Note on the mental hospitals in Burma - 1925-1940
Year: 1925
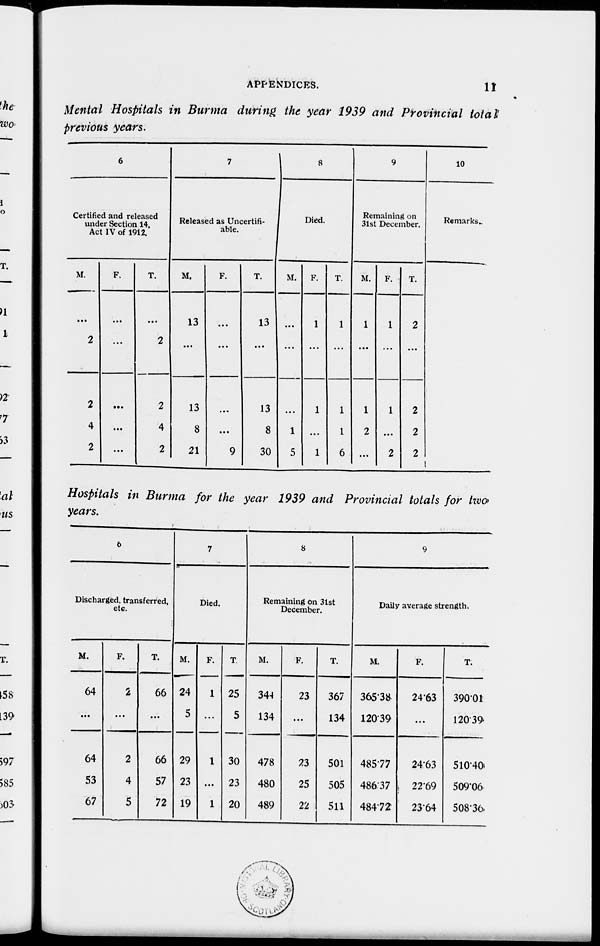
APPENDICES.
11
Mental Hospitals in Burma during the year 1939 and Provincial total
previous years.
6
Certified and released
under Section 14,
Act IV of 1912.
M.
...
2
2
4
2
F.
...
...
...
...
...
T.
...
2
2
4
2
7
Released as Uncertifi-
able.
M.
13
...
13
8
21
F.
...
...
...
...
9
T.
13
...
13
8
30
8
Died.
M.
...
...
...
1
5
F.
1
...
1
...
1
T.
1
...
1
1
6
9
Remaining on
31st December.
M.
1
...
1
2
...
F.
1
...
1
...
2
T.
2
...
2
2
2
10
Remarks.
Hospitals in Burma for the year 1939 and Provincial totals for two
years.
6
Discharged, transferred,
etc.
M.
64
...
64
53
67
F.
2
...
2
4
5
T.
66
...
66
57
72
7
Died.
M.
24
5
29
23
19
F.
1
...
1
...
1
T
25
5
30
23
20
8
Remaining on 31st
December.
M.
344
134
478
480
489
F.
23
...
23
25
22
T.
367
134
501
505
511
9
Daily average strength.
M.
365.38
120.39
485.77
486.37
484.72
F.
24.63
...
24.63
22.69
23.64
T.
390.01
120.39
510.40
509.06
508.36.